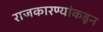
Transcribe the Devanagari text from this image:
राजकारण्यांकडून